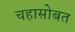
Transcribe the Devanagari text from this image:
चहासोबत